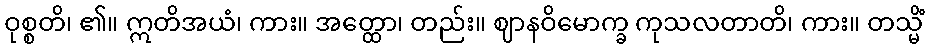
ဝုစ္စတိ၊ ၏။ ဣတိအယံ၊ ကား။ အတ္ထော၊ တည်း။ ဈာနဝိမောက္ခ ကုသလတာတိ၊ ကား။ တသ္မိံ